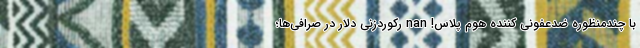
با چندمنظوره ضدعفونی کننده هوم پلاس! nan رکوردزنی دلار در صرافی‌ها؛